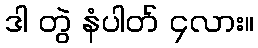
ဒါ တွဲ နံပါတ် ၄လား။